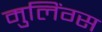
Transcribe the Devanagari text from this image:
मुलिंग्स